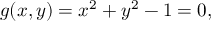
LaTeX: g ( x , y ) = x ^ { 2 } + y ^ { 2 } - 1 = 0 ,